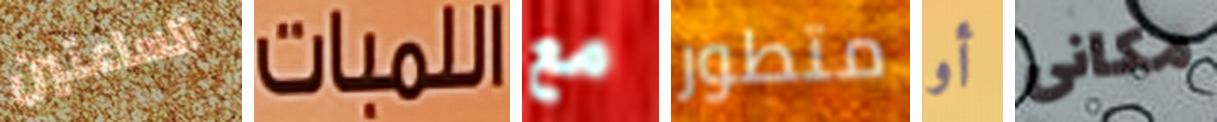
الساعتين اللمبات مع متطور أو مكانى